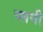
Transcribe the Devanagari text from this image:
प्लनी